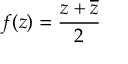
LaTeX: f ( z ) = { \frac { z + { \overline { { z } } } } { 2 } }